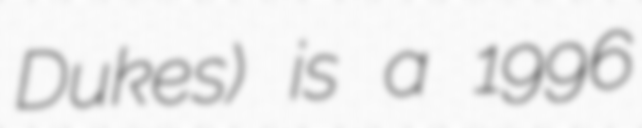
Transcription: Dukes) is a 1996